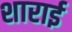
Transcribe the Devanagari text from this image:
शाराई